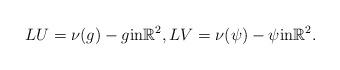
LaTeX: \begin{align*}L U = \nu(g) - g \mbox{in} \mathbb{R}^2, LV = \nu(\psi) - \psi \mbox{in} \mathbb{R}^2.\end{align*}